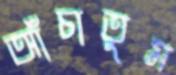
আঁচাতুম